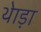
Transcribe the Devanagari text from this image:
थेाड़ा